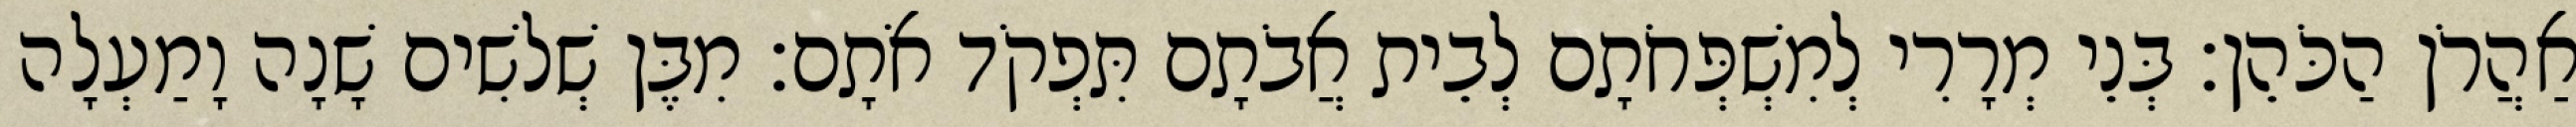
אַהֲרֹן הַכֹּהֵן׃ בְּנֵי מְרָרִי לְמִשְׁפְּחֹתָם לְבֵית אֲבֹתָם תִּפְקֹד אֹתָם׃ מִבֶּן שְׁלשִׁים שָׁנָה וָמַעְלָה